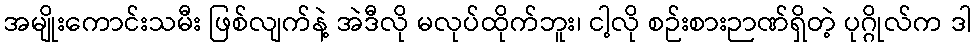
အမျိုးကောင်းသမီး ဖြစ်လျက်နဲ့ အဲဒီလို မလုပ်ထိုက်ဘူး၊ ငါ့လို စဉ်းစားဉာဏ်ရှိတဲ့ ပုဂ္ဂိုလ်က ဒါ